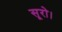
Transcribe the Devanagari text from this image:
सूरो।